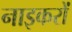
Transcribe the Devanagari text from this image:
नाइकरों